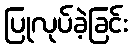
ပြုလုပ်ခဲ့ခြင်း